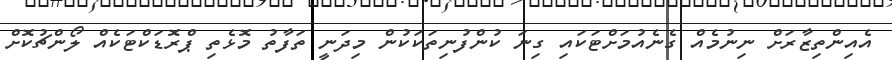
އެއިންތިޒާރަށް ނިނުމެއް ގެނެއުމަށްޓަކައި ގިނަ ކުންފުނިތަކަކުން މިދަނީ ތަފާތު މޮޅެތި ޕްރޮޑަކްޓަކެއް ލޯންޗުކޮށް